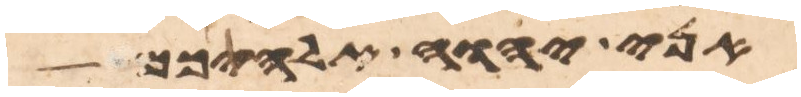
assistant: אני יהוה אלהיכם